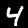
Digit: 4